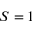
S = 1